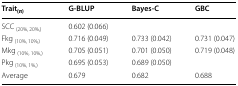
<table><thead><tr><td><b>Trait<sub>(π)</sub></b></td><td><b>G-BLUP</b></td><td><b>Bayes-C</b></td><td><b>GBC</b></td></tr></thead><tbody><tr><td>SCC <sub>(20%, 20%,)</sub></td><td>0.602 (0.066)</td><td>[EMPTY_CELL]</td><td>[EMPTY_CELL]</td></tr><tr><td>Fkg <sub>(10%, 10%,)</sub></td><td>0.716 (0.049)</td><td>0.733 (0.042)</td><td>0.731 (0.047)</td></tr><tr><td>Mkg <sub>(10%, 10%,)</sub></td><td>0.705 (0.051)</td><td>0.701 (0.050)</td><td>0.719 (0.048)</td></tr><tr><td>Pkg <sub>(10%, 1%,)</sub></td><td>0.695 (0.053)</td><td>0.689 (0.050)</td><td>[EMPTY_CELL]</td></tr><tr><td>Average</td><td>0.679</td><td>0.682</td><td>0.688</td></tr></tbody></table>